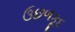
ઉછળકૂદ